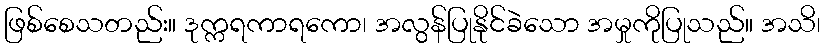
ဖြစ်စေသတည်း။ ဒုက္ကရကာရကော၊ အလွန်ပြုနိုင်ခဲသော အမှုကိုပြုသည်။ အသိ၊